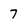
Character: 7